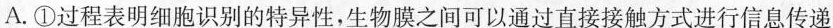
A.①过程表明细胞识别的特异性，生物膜之间可以通过直接接触方式进行信息传递